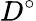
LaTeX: D^{\circ}